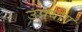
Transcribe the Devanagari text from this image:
उप्रयोग